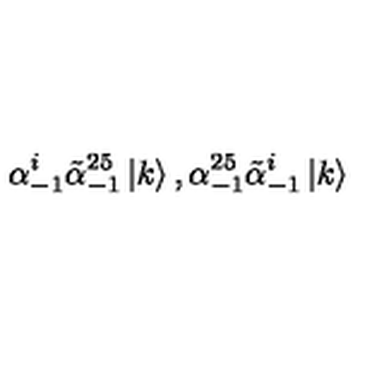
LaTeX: \alpha _ { - 1 } ^ { i } \tilde { \alpha } _ { - 1 } ^ { 2 5 } \left| k \right> , \alpha _ { - 1 } ^ { 2 5 } \tilde { \alpha } _ { - 1 } ^ { i } \left| k \right>